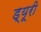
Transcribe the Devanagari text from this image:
ड्यूरी